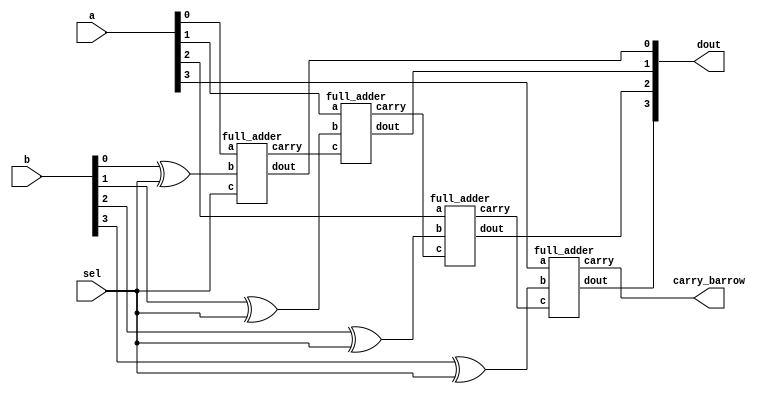
module adder_subtractor(a,b,sel,dout,carry_barrow);
    input [3:0] a ;
    input [3:0] b ;
    input wire sel ;
    output [3:0] dout ;
    output carry_barrow;
  
    wire [2:0]s;
    wire [3:0]l;
    assign l[0] = b[0] ^ sel;
    assign l[1] = b[1] ^ sel;
    assign l[2] = b[2] ^ sel;
    assign l[3] = b[3] ^ sel;
        full_adder f1(a[0],l[0],sel,dout[0],s[0]);
        full_adder f2(a[1],l[1],s[0],dout[1],s[1]);
        full_adder f3(a[2],l[2],s[1],dout[2],s[2]);
        full_adder f4(a[3],l[3],s[2],dout[3],carry_barrow);

endmodule

module full_adder ( a ,b ,c ,dout ,carry );
    input a ;
    input b ;
    input c ;
    output dout ;
    output carry ;

    assign dout = a ^ b ^ c;   
    assign carry = (a&b) | (b&c) | (c&a);
endmodule